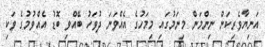
އަނިޔާވެރިކަން ނިންމަން މިނަމުގައި މިމަހުގެ އެއްވަނަ ދުވަހު ބޭއްވި ބޮޑު އެއްވުމުގެ ވަކި